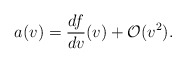
\begin{align*} a(v)=\frac{df}{dv}(v)+\mathcal{O}(v^2).\end{align*}